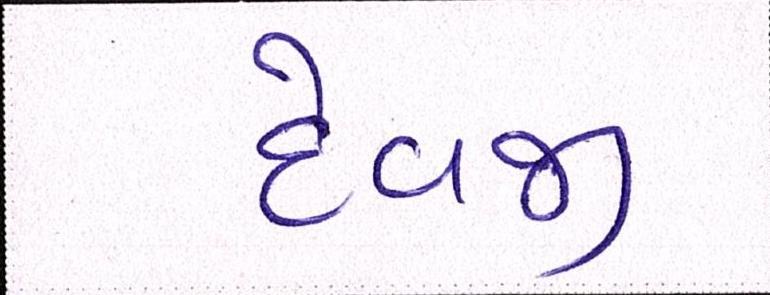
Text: દેવજી